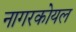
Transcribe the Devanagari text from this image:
नागरकोयल